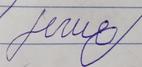
Signature authenticity: forged